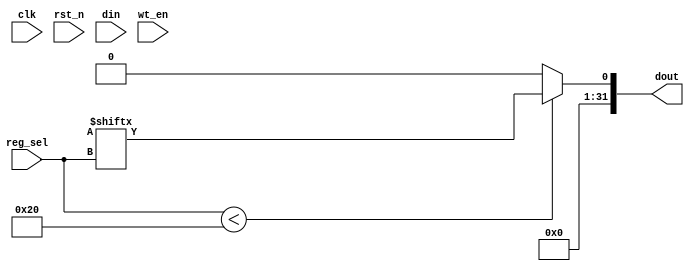
module kore_regbank(
    input           clk        ,    
    input           rst_n      ,      

    input  [4:0]       reg_sel ,    //from func fsm
    input  [31:0]      din     ,    //from func fsm
    input              wt_en   ,    //from func fsm

    output   wire [31:0]   dout        //out to top result
);
    


wire [31:0]    data_bus ;

  genvar i;
  generate
    for (i = 0; i < 32; i = i + 1) begin : REGISTER_GEN
      reg [31:0] kore_reg;

      always @(posedge clk or negedge rst_n) begin
        if (!rst_n) begin
          kore_reg <= 32'b0;
        end else if (wt_en && (reg_sel == i)) begin
          kore_reg <= din;
        end
        else begin
          kore_reg <= kore_reg ;
        end
      end
    end
  endgenerate

  always@(*) begin
    dout[31:0] = (reg_sel < 32) ? kore_reg[reg_sel] : 32'b0;
  end

endmodule